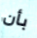
بأن